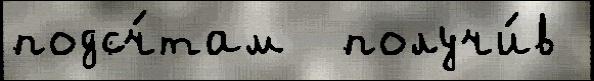
подсч́там  получи́в